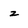
Character: z